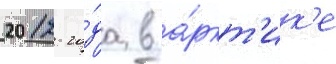
2012 го́да в а́ркт'ик'е